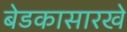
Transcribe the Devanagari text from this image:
बेडकासारखे